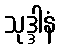
သုဒ္ဒါနံ